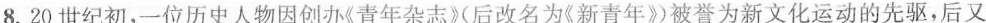
8.20世纪初，一位历史人物因创办《青年杂志》后改名为《新青年》被誉为新文化运动的先驱，后又